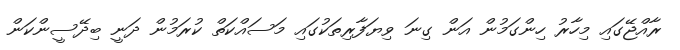
ރާއްޖޭގައި މިހާރު ހިންގަމުން އަން ގިނަ ވިޔަފާރިތަކުގައި މަސައްކަތް ކުރަމުން ދަނީ ބިދޭސީންކަން